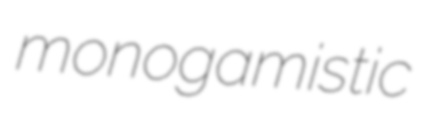
monogamistic